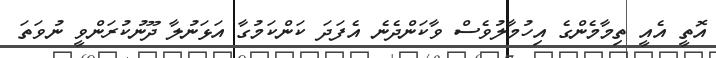
އޮތީ އެއީ ތިމާމެންގެ އިހުމާލުވެސް ވާކަންދެނެ އެފަދަ ކަންކަމުގާ އަޅަނުލާ ދޫނުކުރަންވީ ނުވަތަ